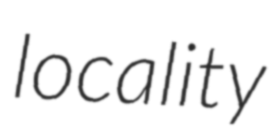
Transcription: locality